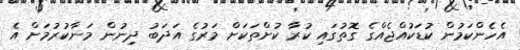
އެހެންކަމުން ކުޑަކުއްޖެއްގެ ގޮތުގައި ކުރާ ކުށްތަކަށް މަރުގެ އަދަބު ދިނުން މަނާކުރުމަށް އެ